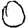
Digit: 0